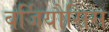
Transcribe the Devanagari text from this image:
बर्जियौसिस